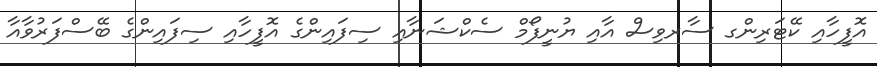
އޮފީހާއި ކޭޓަރިންގ ސާރވިސް އާއި ޔުނީފޯމް ސެކްޝަނާއި ސިފައިންގެ އޮފީހާއި ސިފައިންގެ ބޭސްފަރުވާއާ